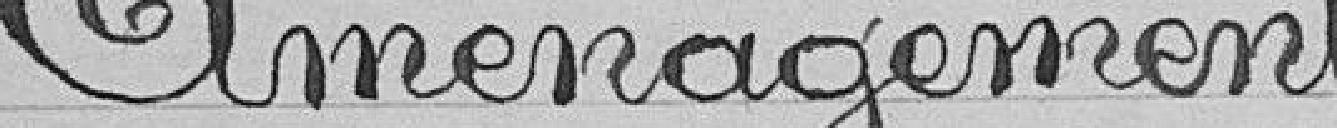
Aménagement